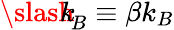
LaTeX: {\slash\! \! \! k}_{\! {B}}\equiv\beta k_{B}